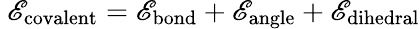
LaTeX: \ \mathscr{E}_{\mathrm{{covalent}}}=\mathscr{E}_{\mathrm{{bond}}}+\mathscr{E}_{\mathrm{{angle}}}+\mathscr{E}_{\mathrm{{dihedral}}}